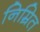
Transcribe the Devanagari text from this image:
निम्रित